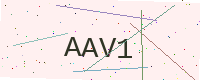
Text: AAV1